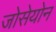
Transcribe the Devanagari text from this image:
जोसेयोन